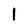
Character: 1